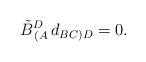
LaTeX: \begin{align*}\tilde B^D_{\,(A}\,d_{BC)D}= 0 . \end{align*}